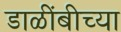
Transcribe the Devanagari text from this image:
डाळींबीच्या